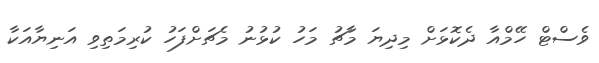
ވެސްޓް ހޭމްއާ ދެކޮޅަށް މިދިޔަ މާޗު މަހު ކުޅުނު މެޗަށްފަހު ކުރިމަތިވި އަނިޔާއަކާ